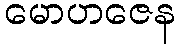
မောဟဇေန